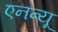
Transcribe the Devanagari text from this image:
एनन्यू